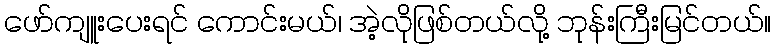
ဖော်ကျူးပေးရင် ကောင်းမယ်၊ အဲ့လိုဖြစ်တယ်လို့ ဘုန်းကြီးမြင်တယ်။